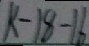
k - 1 8 - 1 6